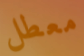
معطل